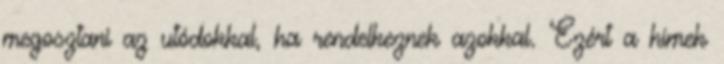
megosztani az utódokkal, ha rendelkeznek azokkal. Ezért a hímek